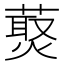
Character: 𰱸